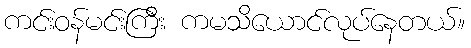
ကင်းဝန်မင်းကြီး ကမသိယောင်လုပ်နေတယ်။